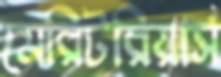
মেরিটরিয়ার্স